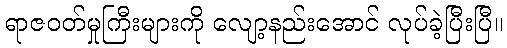
ရာဇဝတ်မှုကြီးများကို လျော့နည်းအောင် လုပ်ခဲ့ပြီးပြီ။